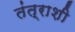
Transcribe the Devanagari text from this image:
तंत्राशी